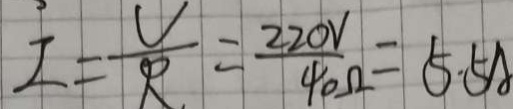
I = \frac { V } { R } = \frac { 2 2 0 V } { 4 0 \Omega } = 5 . 5 A